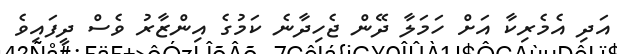
އަދި އެމެރިކާ އަށް ހަމަލާ ދޭން ޖެހިދާނެ ކަމުގެ އިންޒާރު ވެސް ދީފައިވެ